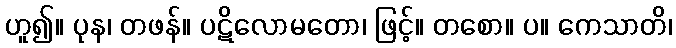
ဟူ၍။ ပုန၊ တဖန်။ ပဋိလောမတော၊ ဖြင့်။ တစော။ ပ။ ကေသာတိ၊